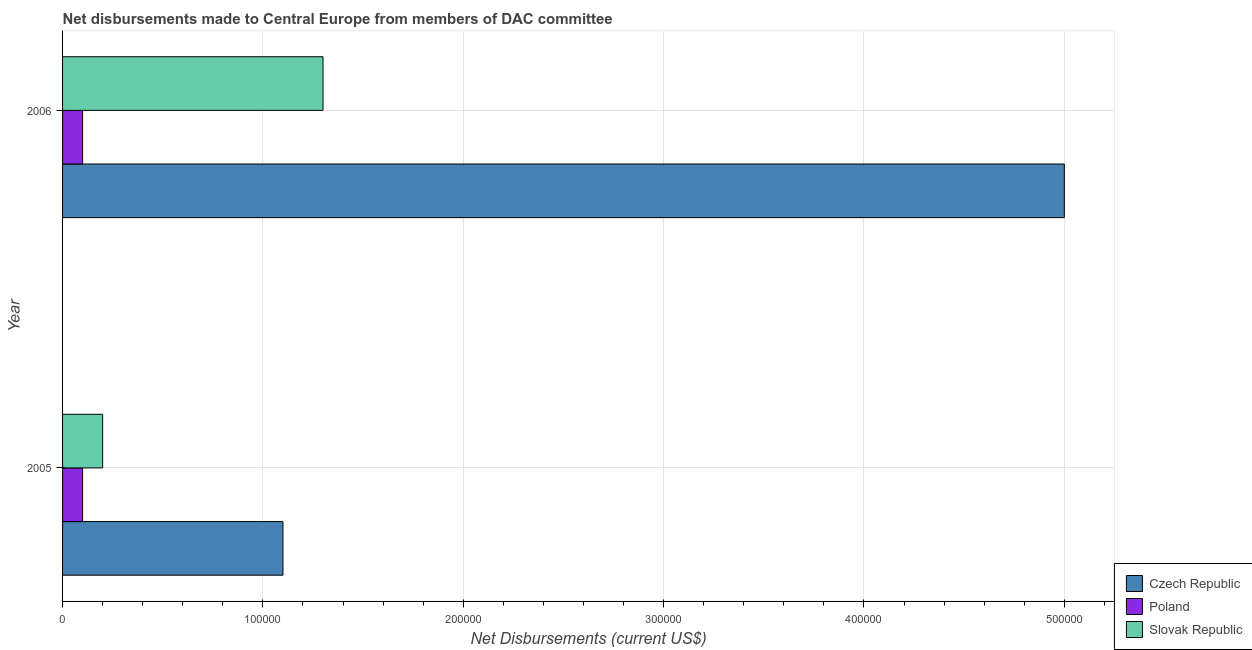
| Year | Czech Republic | Poland | Slovak Republic |
 | --- | --- | --- | --- |
 | 2005 | 1.1e+05 | 1e+04 | 2e+04 |
 | 2006 | 5e+05 | 1e+04 | 1.3e+05 |